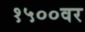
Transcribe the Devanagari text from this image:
१५००वर